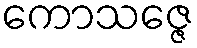
ကောသဇ္ဇေ